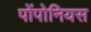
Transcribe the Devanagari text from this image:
पोंपोनियस